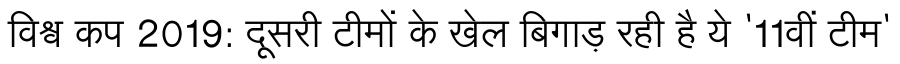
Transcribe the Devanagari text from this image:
विश्व कप 2019: दूसरी टीमों के खेल बिगाड़ रही है ये '11वीं टीम'